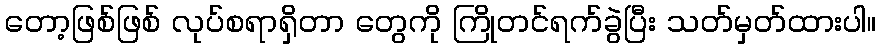
တော့ဖြစ်ဖြစ် လုပ်စရာရှိတာ တွေကို ကြိုတင်ရက်ခွဲပြီး သတ်မှတ်ထားပါ။